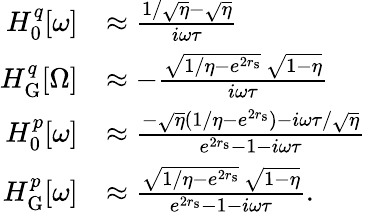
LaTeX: \begin{array}{rl}{H_{0}^{q}[\omega]}&{\approx\frac{1/\sqrt{\eta}-\sqrt{\eta}}{i\omega\tau}}\\ {H_{\mathrm{G}}^{q}[\Omega]}&{\approx-\frac{\sqrt{1/\eta-e^{2r_{\mathrm{s}}}}\, \sqrt{1-\eta}}{i\omega\tau}}\\ {H_{0}^{p}[\omega]}&{\approx\frac{-\sqrt{\eta}(1/\eta-e^{2r_{\mathrm{s}}})-i\omega\tau/\sqrt{\eta}}{e^{2r_{\mathrm{s}}}-1-i\omega\tau}}\\ {H_{\mathrm{G}}^{p}[\omega]}&{\approx\frac{\sqrt{1/\eta-e^{2r_{\mathrm{s}}}}\, \sqrt{1-\eta}}{e^{2r_{\mathrm{s}}}-1-i\omega\tau}.}\end{array}